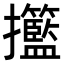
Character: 𢺙